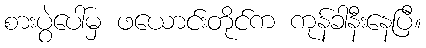
စားပွဲပေါ်မှ ဖယောင်းတိုင်က ကုန်ခါနီးနေပြီ။